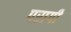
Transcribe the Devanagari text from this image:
परागी